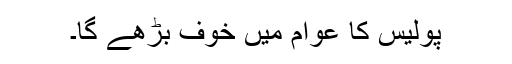
پولیس کا عوام میں خوف بڑھے گا۔